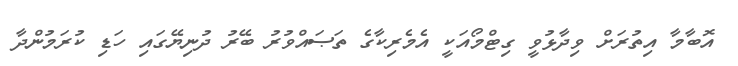
އޮބާމާ އިތުރަށް ވިދާޅުވީ ގިޓްމޯއަކީ އެމެރިކާގެ ތަޞައްވުރު ބޭރު ދުނިޔޭގައި ހަޑި ކުރަމުންދާ